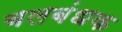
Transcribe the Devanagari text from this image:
बलबंधक